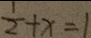
\frac { 1 } { 2 } + x = 1